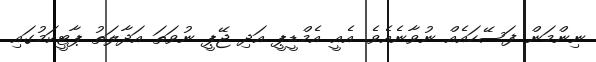
ނިންމަން ފަސޭހައެއް ނުވާނެއެވެ. އެއީ އެމްޑީޕީ އަދި ޖޭޕީ ނުވަތަ އަދާލަތު ޕާޓީކަމުގައި